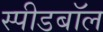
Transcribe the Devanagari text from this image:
स्पीडबॉल